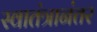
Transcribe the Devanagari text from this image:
स्वातंत्रानंतर